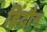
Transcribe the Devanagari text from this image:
हिंदौन